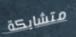
متشابكة